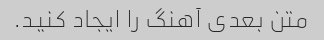
متن بعدی آهنگ را ایجاد کنید.